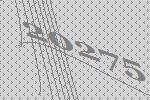
20275